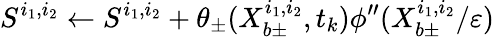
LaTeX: S^{i_{1},i_{2}}\gets S^{i_{1},i_{2}}+\theta_{\pm}(X_{b\pm}^{i_{1},i_{2}},t_{k})\phi^{\prime\prime}(X_{b\pm}^{i_{1},i_{2}}/\varepsilon)